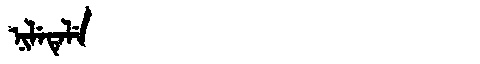
Manchu: ᠨᡳᠯᡝᡨᡝᠯᡝ
Romanization: NILETELE